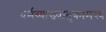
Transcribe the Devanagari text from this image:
धर्मव्याख्यातुकामस्य